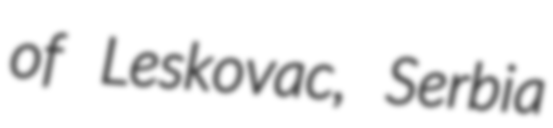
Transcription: of Leskovac, Serbia